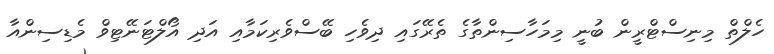
ހެލްތް މިނިސްޓްރީން ބުނީ މިމަހާސިންތާގެ ތެރޭގައި ދިވެހި ބޭސްވެރިކަމާއި އަދި އޯލްޓަނޭޓިވް މެޑިސިންއާ